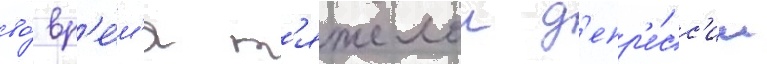
во́ вр'е́м'я т'яжелои д'епр'е́сс'ии